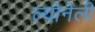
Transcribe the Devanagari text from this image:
ल्योनेली